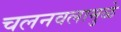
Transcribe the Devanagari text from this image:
चलनवलामुळे